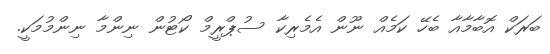
ބަރަކް އޮބާމާއާ ބެހޭ ކަމެއް ނޫން އެމެރިކާ ސުޕްރީމް ކޯޓުން ނިންމާ ނިންމުމަކީ.